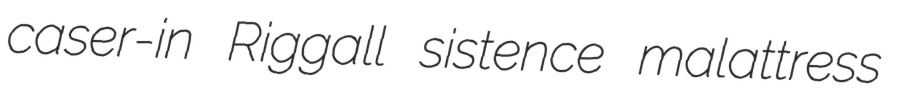
caser-in Riggall sistence malattress